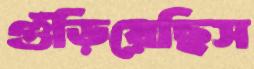
গুঁড়িয়েছিস